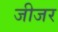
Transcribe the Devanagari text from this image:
जीजर